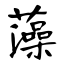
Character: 藻